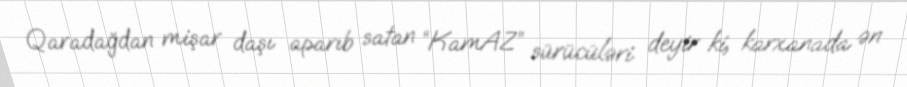
Qaradağdan mişar daşı aparıb satan “KamAZ” sürücüləri deyir ki, karxanada ən